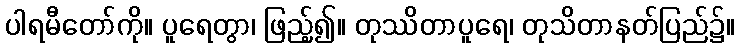
ပါရမီတော်ကို။ ပူရေတွာ၊ ဖြည့်၍။ တုဿိတာပူရေ၊ တုသိတာနတ်ပြည်၌။